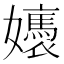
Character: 㜵